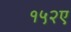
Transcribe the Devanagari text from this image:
१५२ए